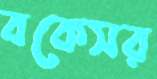
বকেসর